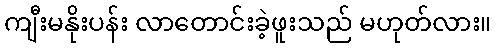
ကျီးမနိုးပန်း လာတောင်းခဲ့ဖူးသည် မဟုတ်လား။